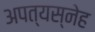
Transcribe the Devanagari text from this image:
अपत्यस्नेह